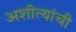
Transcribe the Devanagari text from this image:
अशीत्यांची